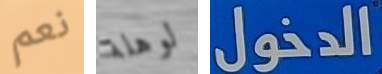
نعم لوهلة الدخول